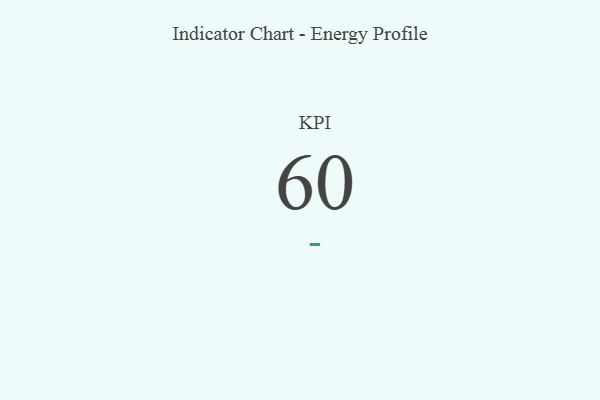
{"axis": {"x": "KPI", "y": "Value"}, "legend": [""], "data": [{"x": "KPI", "y": 60, "type": ""}]}